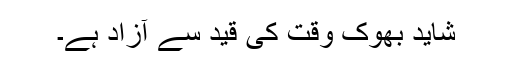
شاید بھوک وقت کی قید سے آزاد ہے۔